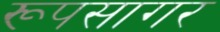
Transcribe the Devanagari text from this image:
रूपसागर